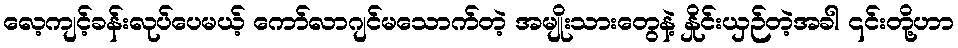
လေ့ကျင့်ခန်းလုပ်ပေမယ့် ကော်လာဂျင်မသောက်တဲ့ အမျိုးသားတွေနဲ့ နှိုင်းယှဉ်တဲ့အခါ ၎င်းတို့ဟာ